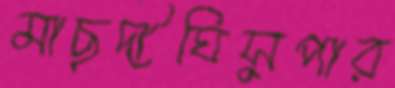
মাছুদীঘিসুপার